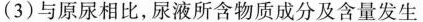
(3) 与原尿相比，尿液所含物质成分及含量发生